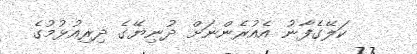
ކަލޭގެފާނު އެއުރެންނަށް ދުނިޔޭގެ ދިރިއުޅުމުގެ